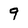
Character: 9